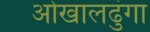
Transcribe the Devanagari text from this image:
ओखालढुंगा